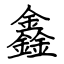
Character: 鑫